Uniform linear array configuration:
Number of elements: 8
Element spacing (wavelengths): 0.5
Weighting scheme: kaiser
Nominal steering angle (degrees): -15
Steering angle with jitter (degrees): -14.905
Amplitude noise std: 0.05
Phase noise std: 0.05

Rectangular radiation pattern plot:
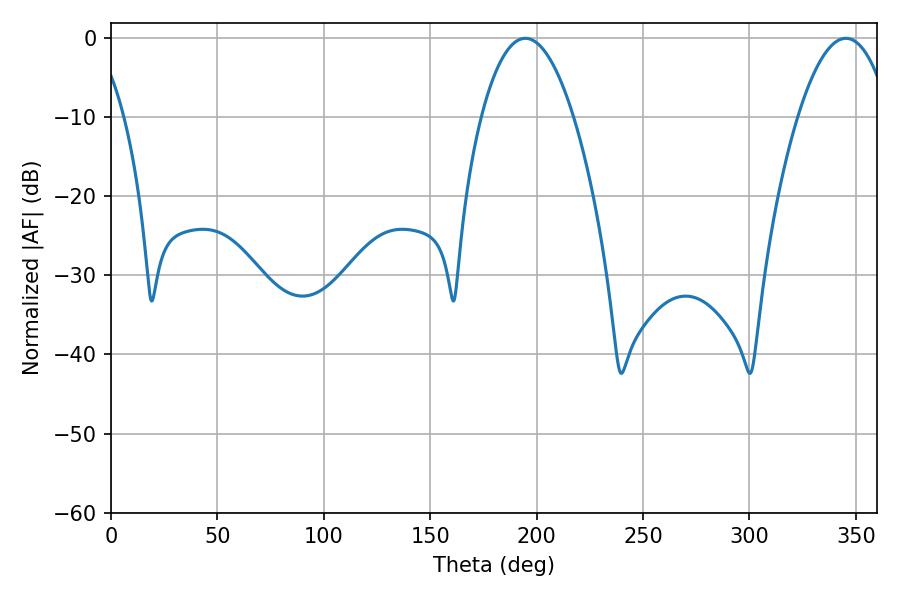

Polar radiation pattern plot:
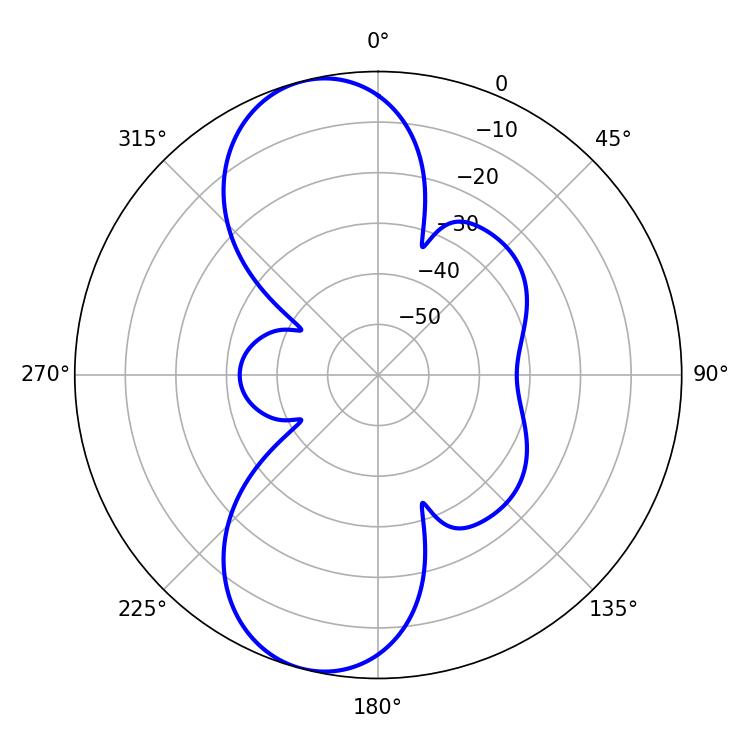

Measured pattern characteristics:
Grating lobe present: FALSE
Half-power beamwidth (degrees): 23.94
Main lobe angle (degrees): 194.76